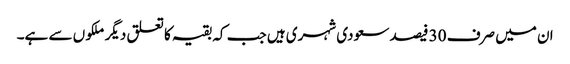
ان میں صرف 30 فیصد سعودی شہری ہیں جب کہ بقیہ کا تعلق دیگر ملکو ں سے ہے۔